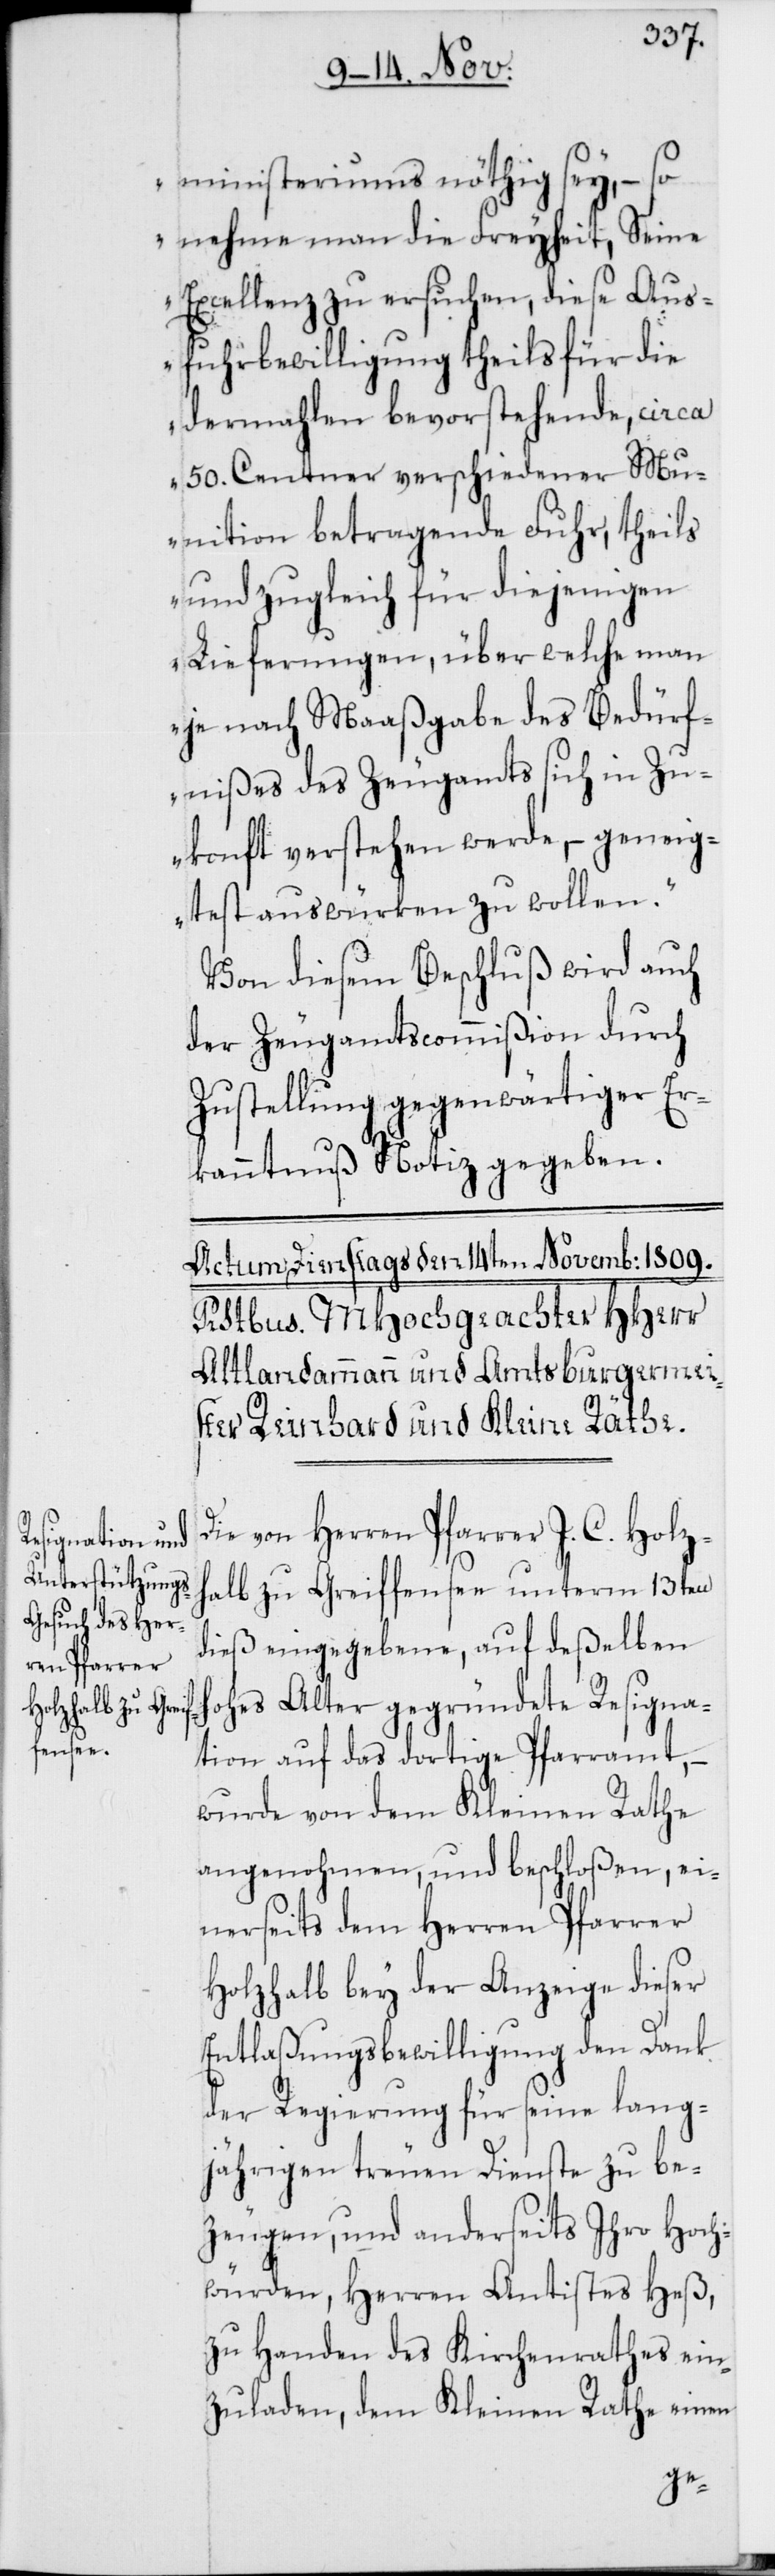
ministeriums nöthig sey, – so
nehme man die Freyheit, Seine
Excellenz zu ersuchen, diese Aus¬
fuhrbewilligung theils für die
dermahlen bevorstehende, circa
50. Centner verschiedener Mu¬
nition betragende Fuhr, theils
und zugleich für diejenigen
Lieferungen, über welche man
je nach Maaßgabe des Bedürf¬
nißes des Zeugamts sich in Zu¬
konft verstehen werde, – geneig¬
test auswürken zu wollen.“
Von diesem Beschluß wird auch
der Zeugamtscommißion durch
Zustellung gegenwärtiger Er¬
kanntnuß Notiz gegeben.
Die von Herren Pfarrer J. C. Holz¬
halb zu Greiffensee unterm 13ten
dieß eingegebene, auf deßelben
hohes Alter gegründete Resigna¬
tion auf das dortige Pfarramt, –
wurde von dem Kleinen Rathe
angenohmen, und beschloßen, ei¬
nerseits dem Herren Pfarrer
Holzhalb bey der Anzeige dieser
Entlaßungsbewilligung den Dank
der Regierung für seine lang¬
jährigen treuen Dienste zu be¬
zeugen, und anderseits Ihro Hoch¬
würden, Herren Antistes Heß,
zu Handen des Kirchenrathes ein¬
zuladen, dem Kleinen Rathe einen